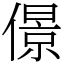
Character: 𠎠